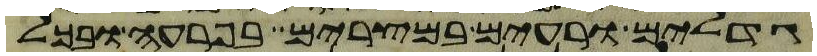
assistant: גדלים ורעים במצרים בפרעה ובכל